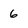
Character: 6